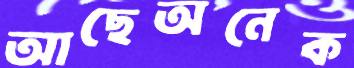
আছেঅনেক